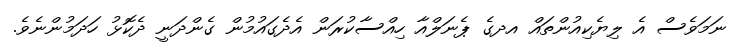
ނަމަވެސް އެ ލިޔެކިއުންތައް އދގެ ޕެނަލްއާ ހިއްސާކުރަން އެދެގައުމުން ގެންދަނީ ދެކޮޅު ހަދަމުންނެވެ.